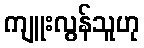
ကျူးလွန်သူဟု